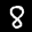
Label: 8